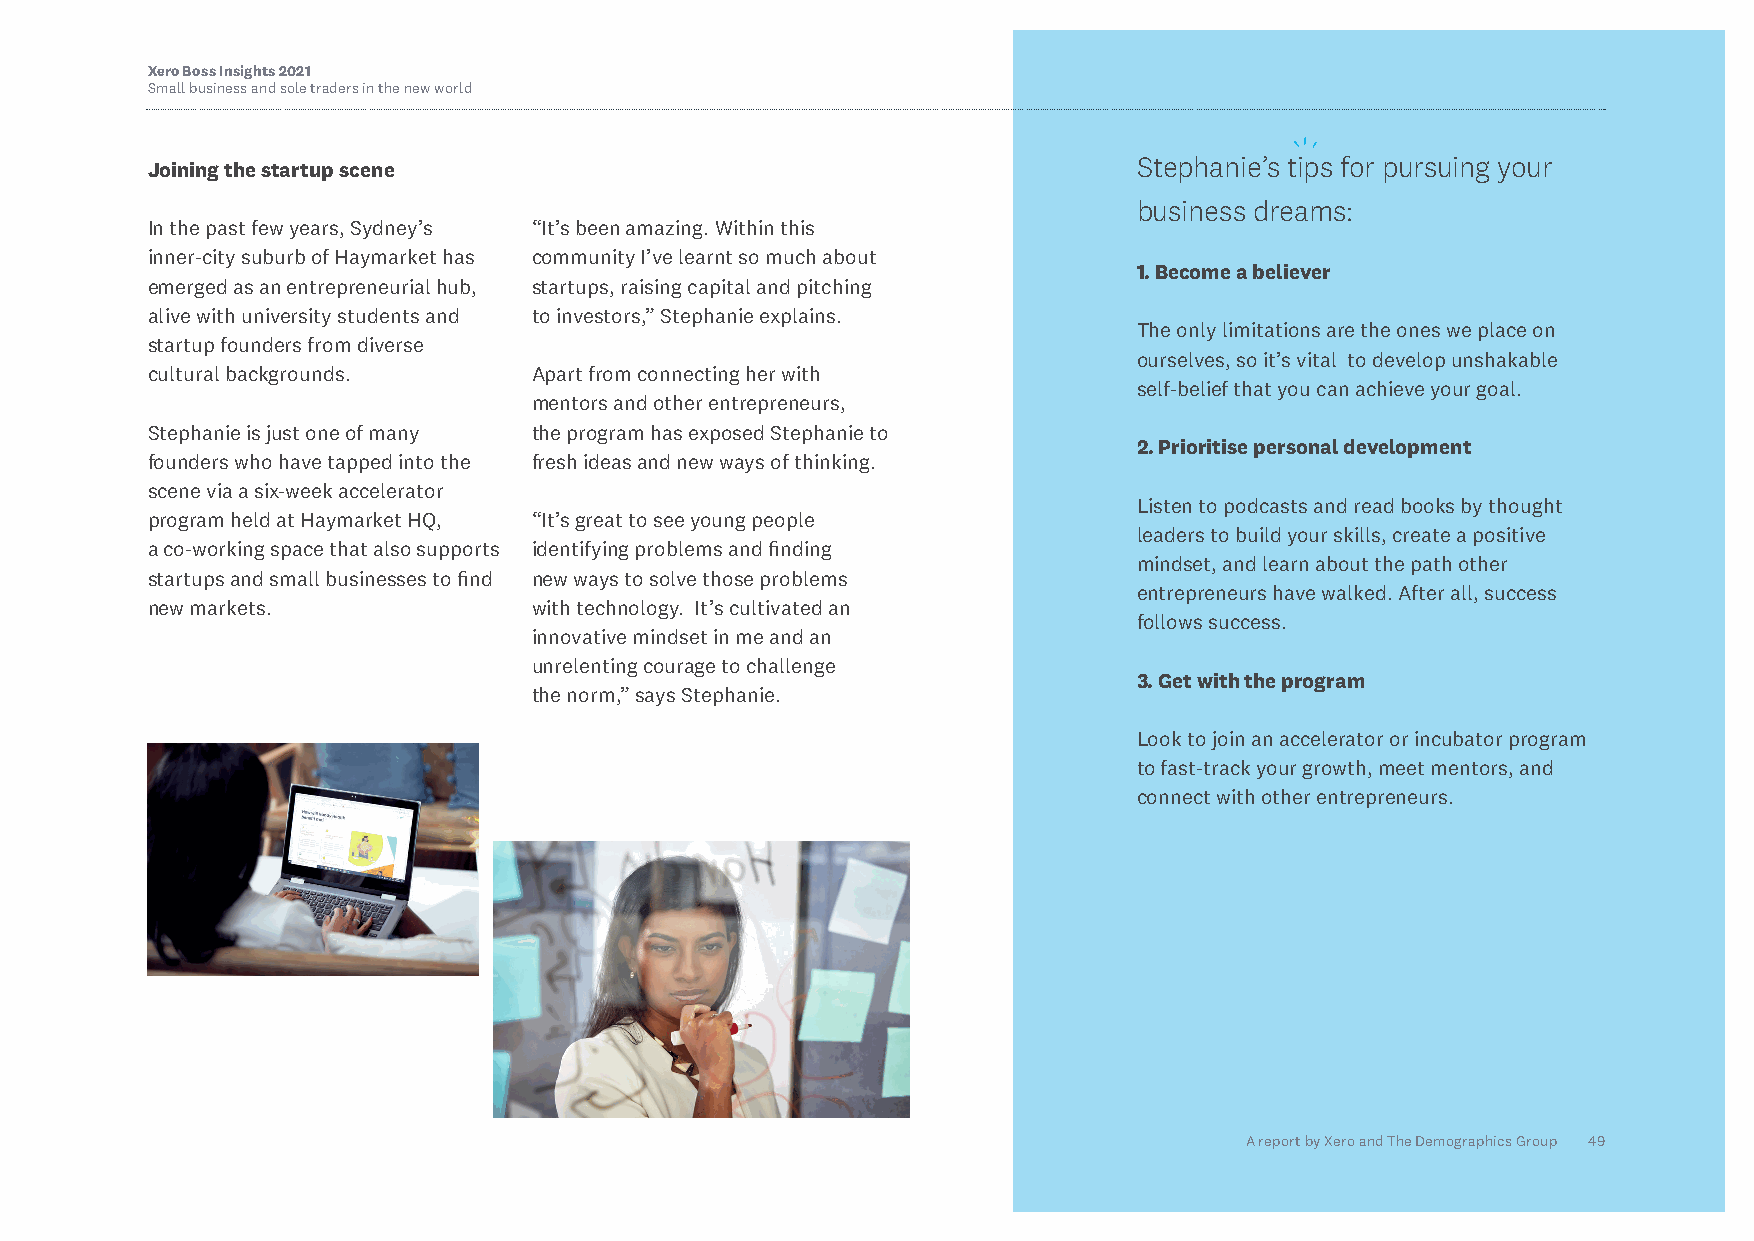
Xero Boss Insights 2021
 Small business and sole traders in the new world
 Stephanie’s tips for pursuing your
 Joining the startup scene
 business dreams:
 In the past few years, Sydney’s “It’s been amazing. Within this
 inner-city suburb of Haymarket has community I’ve learnt so much about
 1. Become a believer
 emerged as an entrepreneurial hub, startups, raising capital and pitching
 alive with university students and to investors,” Stephanie explains.
 The only limitations are the ones we place on
 startup founders from diverse
 ourselves, so it’s vital to develop unshakable
 cultural backgrounds.    Apart from connecting her with
 self-belief that you can achieve your goal.
 mentors and other entrepreneurs,
 Stephanie is just one of many the program has exposed Stephanie to
 2. Prioritise personal development
 founders who have tapped into the fresh ideas and new ways of thinking.
 scene via a six-week accelerator
 Listen to podcasts and read books by thought
 program held at Haymarket HQ, “It’s great to see young people
 leaders to build your skills, create a positive
 a co-working space that also supports identifying problems and finding
 mindset, and learn about the path other
 startups and small businesses to find new ways to solve those problems
 entrepreneurs have walked. After all, success
 new markets.             with technology. It’s cultivated an
 follows success.
 innovative mindset in me and an
 unrelenting courage to challenge
 3. Get with the program
 the norm,” says Stephanie.
 Look to join an accelerator or incubator program
 to fast-track your growth, meet mentors, and
 connect with other entrepreneurs.
 A report by Xero and The Demographics Group 49